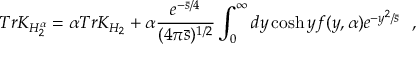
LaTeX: T r K _ { H _ { 2 } ^ { \alpha } } = \alpha T r K _ { H _ { 2 } } + \alpha { \frac { e ^ { - { \bar { s } / 4 } } } { ( 4 \pi \bar { s } ) ^ { 1 / 2 } } } \int _ { 0 } ^ { \infty } d y \cosh y f ( y , \alpha ) e ^ { - { y ^ { 2 } / \bar { s } } } ~ ~ ,